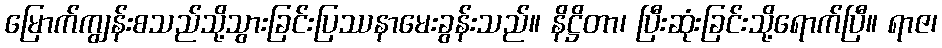
မြောက်ကျွန်းစသည်သို့သွားခြင်းပြဿနာမေးခွန်းသည်။ နိဋ္ဌိတာ၊ ပြီးဆုံးခြင်းသို့ရောက်ပြီ။ ရာဇ၊